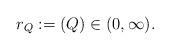
LaTeX: \begin{align*} {r_Q}:=(Q) \in (0,\infty).\end{align*}